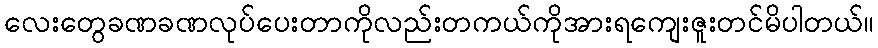
လေးတွေခဏခဏလုပ်ပေးတာကိုလည်းတကယ်ကိုအားရကျေးဇူးတင်မိပါတယ်။